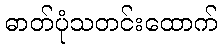
ဓာတ်ပုံသတင်းထောက်